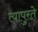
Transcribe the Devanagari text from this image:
त्यापुरते